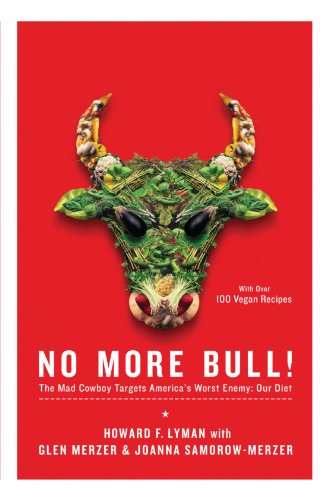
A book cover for No More Bull!: The Mad Cowboy Targets America's Worst Enemy: Our Diet; Howard F. Lyman; Health, Fitness & Dieting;